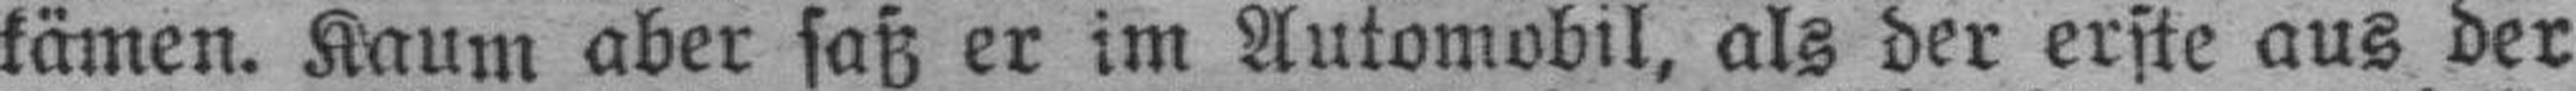
kämen. Kaum aber saß er im Automobil, als der erste aus der